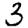
Digit: 3